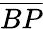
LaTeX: \overline{{BP}}